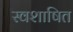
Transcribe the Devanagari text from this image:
स्वशाषित